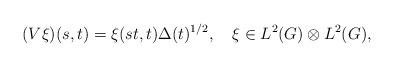
LaTeX: \begin{align*} (V\xi)(s,t) = \xi(st,t)\Delta(t)^{1/2}, \quad\xi\in L^2(G)\otimes L^2(G),\end{align*}